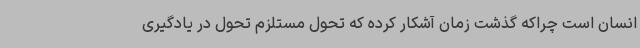
انسان است چراکه گذشت زمان آشکار کرده که تحول مستلزم تحول در یادگیری